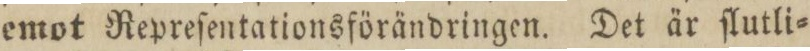
emot Repreſentationsförändringen. Det är ſlutli=